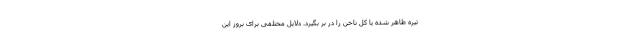
تیره ظاهر شده یا کل ناخن را در بر بگیرد. دلایل مختلفی برای بروز این